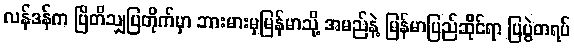
လန်ဒန်က ဗြိတိသျှပြတိုက်မှာ ဘားမားမှမြန်မာသို့ အမည်နဲ့ မြန်မာပြည်ဆိုင်ရာ ပြပွဲတရပ်